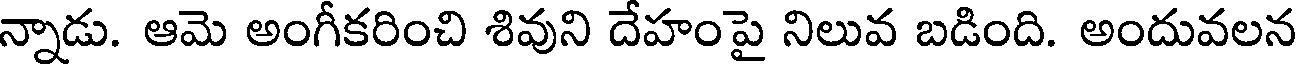
న్నాడు. ఆమె అంగీకరించి శివుని దేహంపై నిలువ బడింది. అందువలన